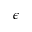
\epsilon